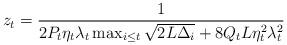
LaTeX: \begin{align*}z_{t} & =\frac{1}{2P_{t}\eta_{t}\lambda_{t}\max_{i\le t}\sqrt{2L\Delta_{i}}+8Q_{t}L\eta_{t}^{2}\lambda_{t}^{2}}\end{align*}